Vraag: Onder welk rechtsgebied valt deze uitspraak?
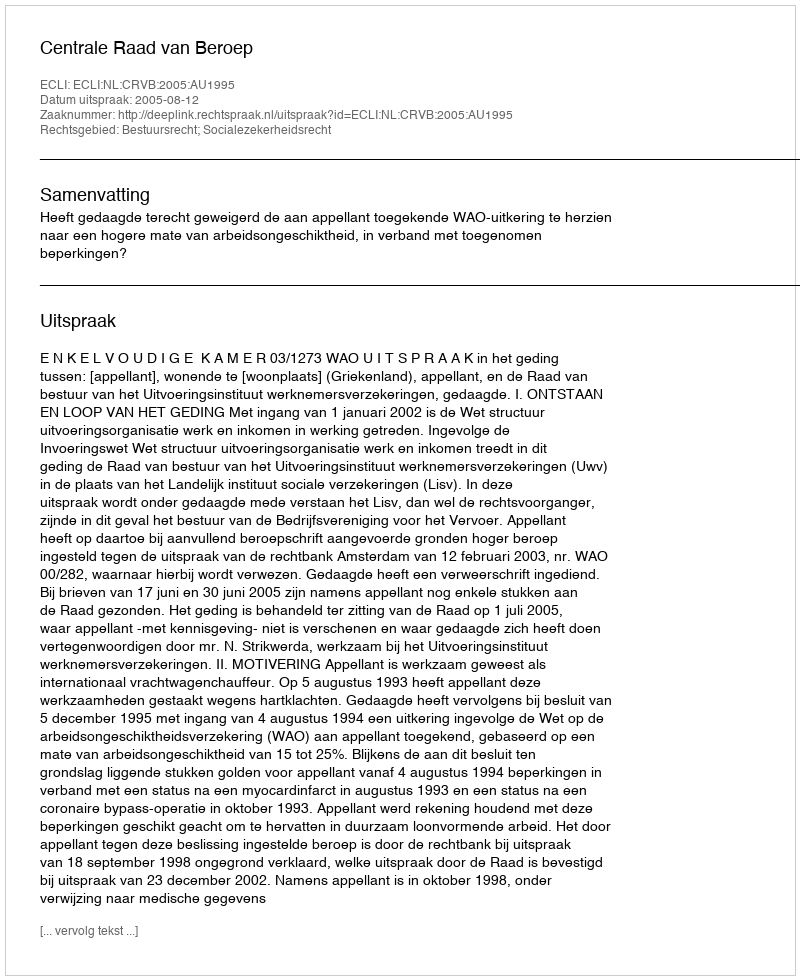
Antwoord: Bestuursrecht; Socialezekerheidsrecht